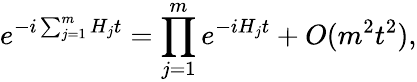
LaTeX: e^{-i\sum_{j=1}^{m}H_{j}t}=\prod_{j=1}^{m}e^{-iH_{j}t}+O(m^{2}t^{2}),